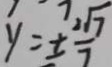
y = \pm \frac { 2 \sqrt { 7 } } { 7 }